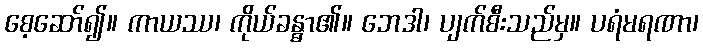
စေ့ဆော်၍။ ကာယဿ၊ ကိုယ်ခန္ဓာ၏။ ဘေဒါ၊ ပျက်စီးသည်မှ။ ပရံမရဏာ၊